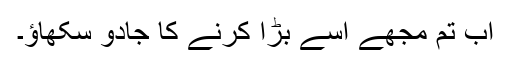
اب تم مجھے اسے بڑا کرنے کا جادو سکھاؤ۔